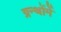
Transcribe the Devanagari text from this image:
ग्रन्थोंमें